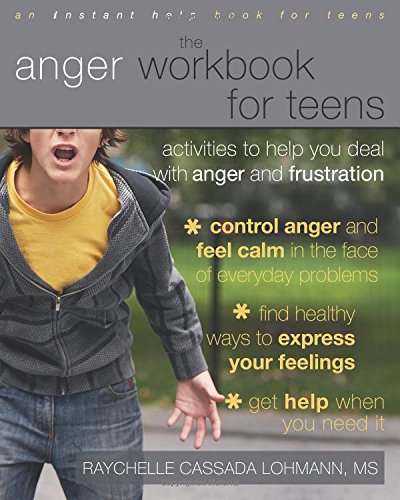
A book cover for The Anger Workbook for Teens: Activities to Help You Deal with Anger and Frustration; Raychelle Cassada Lohmann MS  LPC; Teen & Young Adult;